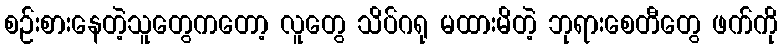
စဉ်းစားနေတဲ့သူတွေကတော့ လူတွေ သိပ်ဂရု မထားမိတဲ့ ဘုရားစေတီတွေ ဖက်ကို